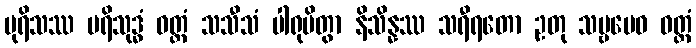
ပုရိသဿ ပရိသုဒ္ဓံ ဝတ္ထံ သသီသံ ပါရုပိတွာ နိသိန္နဿ သရီရတော ဥတု သဗ္ဗမေဝ ဝတ္ထံ